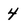
Character: 4